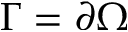
\Gamma = \partial \Omega